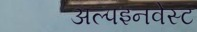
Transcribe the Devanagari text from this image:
अल्पइनवेस्ट